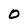
Character: 0